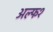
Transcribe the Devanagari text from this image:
अल्फ१